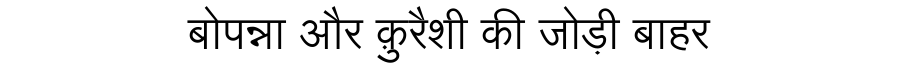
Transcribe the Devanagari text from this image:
बोपन्ना और क़ुरैशी की जोड़ी बाहर